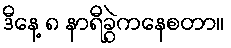
ဒီနေ့ ၈ နာရီခွဲကနေစတာ။